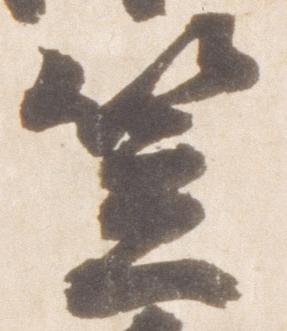
笠